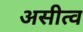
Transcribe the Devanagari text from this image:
असीत्व